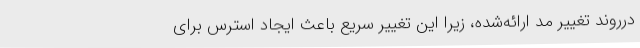
درروند تغییر مد ارائه‌شده، زیرا این تغییر سریع باعث ایجاد استرس برای